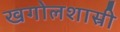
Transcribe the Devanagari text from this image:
खगोलशास्री